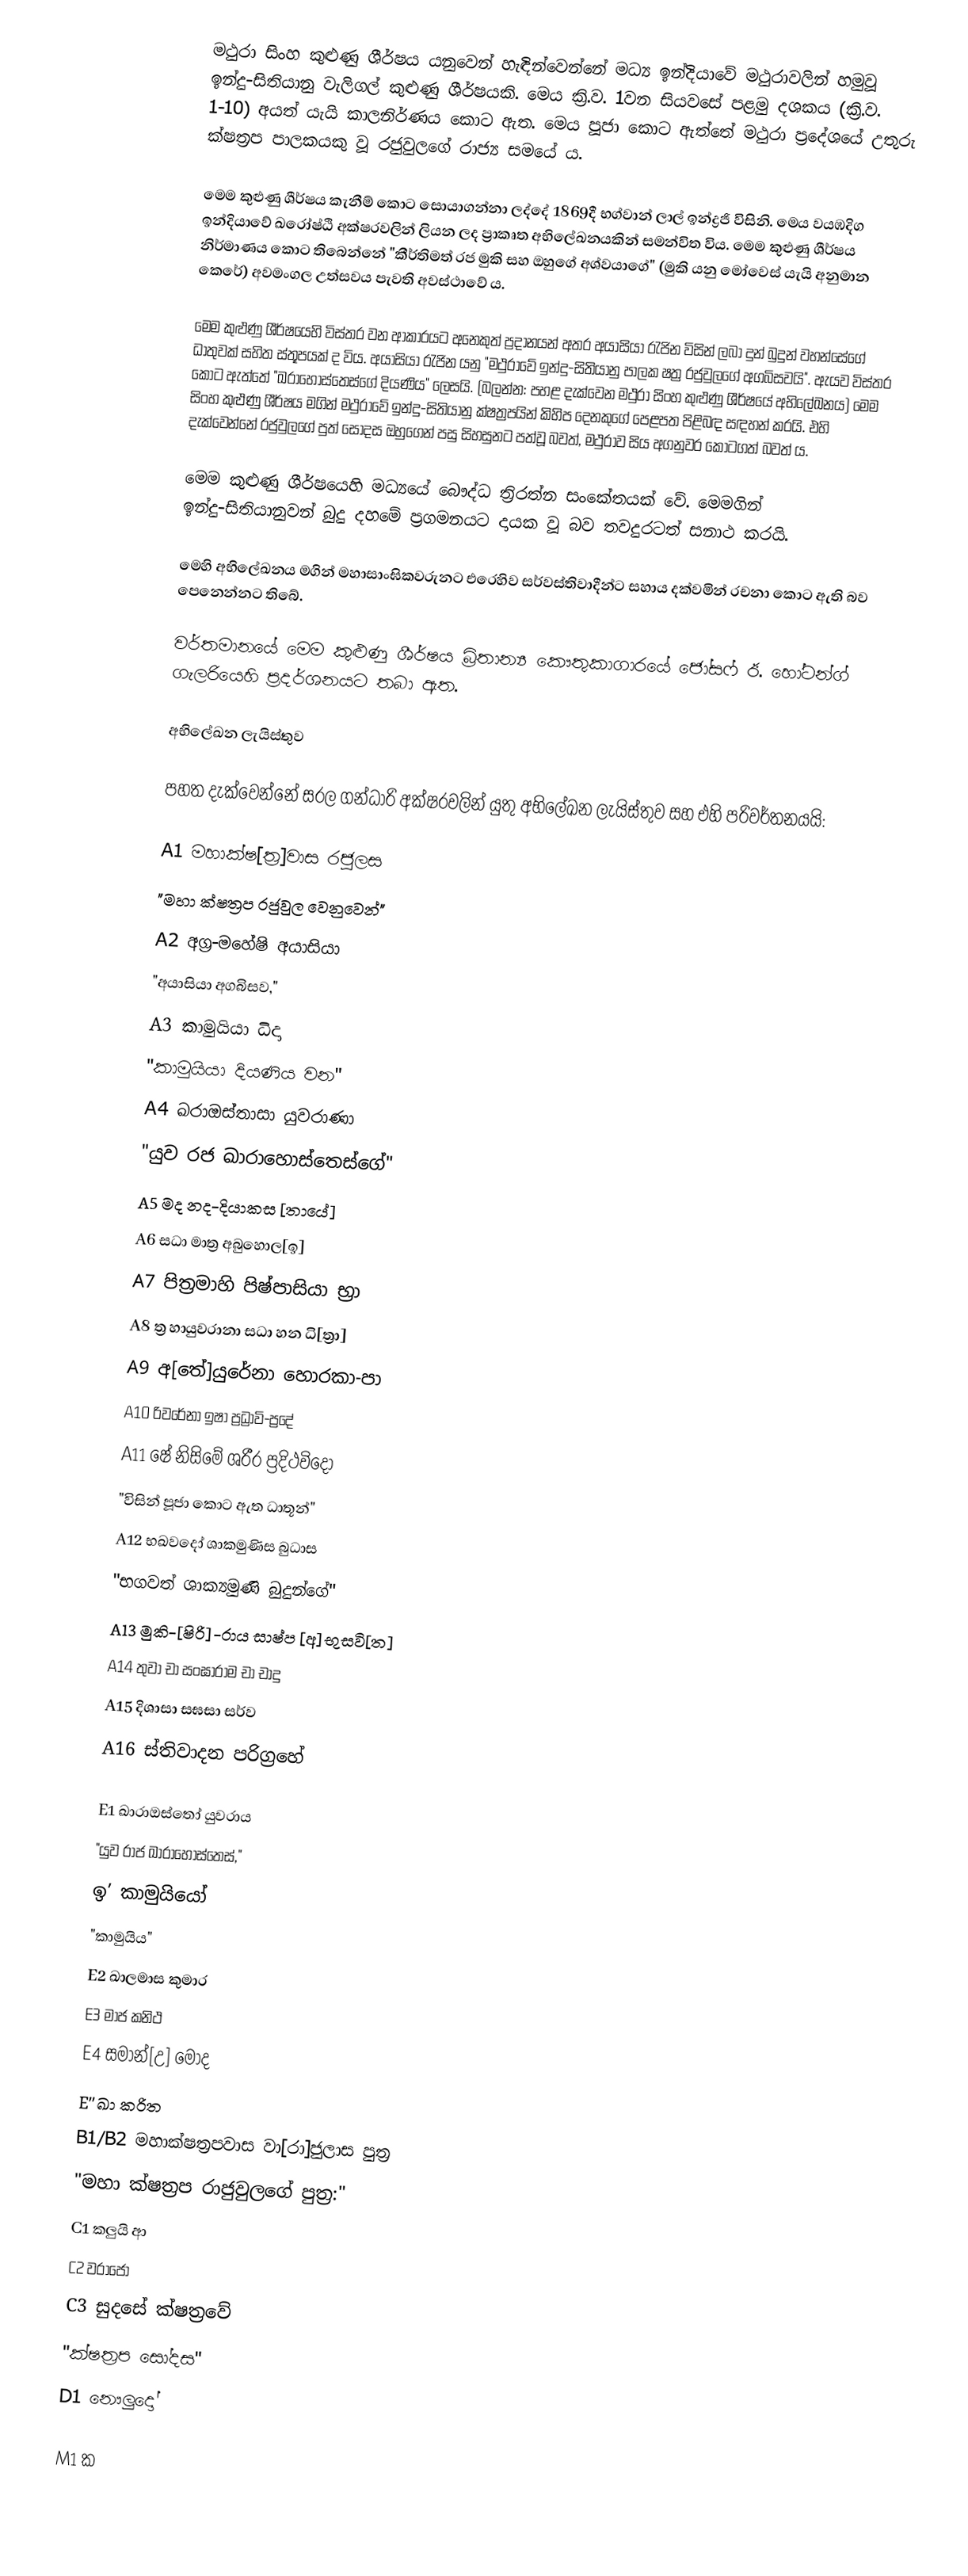
මථුරා සිංහ කුළුණු ශීර්ෂය යනුවෙන් හැඳින්වෙන්නේ මධ්‍ය ඉන්දියාවේ මථුරාවලින් හමුවූ ඉන්දු-සිතියානු වැලිගල් කුළුණු ශීර්ෂයකි. මෙය ක්‍රි.ව. 1වන සියවසේ පළමු දශකය (ක්‍රි.ව. 1-10) අයත් යැයි කාලනිර්ණය කොට ඇත. මෙය පූජා කොට ඇත්තේ මථුරා ප්‍රදේශයේ උතුරු ක්ෂත්‍රප පාලකයකු වූ රජුවුලගේ රාජ්‍ය සමයේ ය.

මෙම කුළුණු ශීර්ෂය කැනීම් කොට සොයාගන්නා ලද්දේ 1869දී භග්වාන් ලාල් ඉන්ද්‍රජි විසිනි. මෙය වයඹදිග ඉන්දියාවේ ඛරෝෂ්ඨි අක්ෂරවලින් ලියන ලද ප්‍රාකෘත අභිලේඛනයකින් සමන්විත විය. මෙම කුළුණු ශීර්ෂය නිර්මාණය කොට තිබෙන්නේ "කීර්තිමත් රජ මුකි සහ ඔහුගේ අශ්වයාගේ" (මුකි යනු මෝවෙස් යැයි අනුමාන කෙරේ) අවමංගල උත්සවය පැවති අවස්ථාවේ ය.

මෙම කුළුණු ශීර්ෂයෙහි විස්තර වන ආකාරයට අනෙකුත් ප්‍රදානයන් අතර අයාසියා රැජින විසින් ලබා දුන් බුදුන් වහන්සේගේ ධාතුවක් සහිත ස්තූපයක් ද විය. අයාසියා රැජින යනු  "මථුරාවේ ඉන්දු-සිතියානු පාලක ෂත්‍ර රජුවුලගේ අගබිසවයි". ඇයව විස්තර කොට ඇත්තේ "ඛරාහොස්තෙස්ගේ දියණිය" ලෙසයි. (බලන්න: පහළ දැක්වෙන මථුරා සිංහ කුළුණු ශීර්ෂයේ අභිලේඛනය) මෙම සිංහ කුළුණු ශීර්ෂය මගින් මථුරාවේ ඉන්දු-සිතියානු ක්ෂත්‍රපයින් කිහිප දෙනකුගේ පෙළපත පිළිබඳ සඳහන් කරයි. එහි දැක්වෙන්නේ රජුවුලගේ පුත් සෝදස ඔහුගෙන් පසු සිහසුනට පත්වූ බවත්, මථුරාව සිය අගනුවර කොටගත් බවත් ය.

මෙම කුළුණු ශීර්ෂයෙහි මධ්‍යයේ බෞද්ධ ත්‍රිරත්න සංකේතයක් වේ. මෙමගින් ඉන්දු-සිතියානුවන් බුදු දහමේ ප්‍රගමනයට දායක වූ බව තවදුරටත් සනාථ කරයි.

මෙහි අභිලේඛනය මගින් මහාසාංඝිකවරුනට එරෙහිව සර්වස්තිවාදීන්ට සහාය දක්වමින් රචනා කොට ඇති බව පෙනෙන්නට තිබේ.

වර්තමානයේ මෙම කුළුණු ශීර්ෂය බ්‍රිතාන්‍ය කෞතුකාගාරයේ ජෝසෆ් ඊ. හෝටන්ග් ගැලරියෙහි ප්‍රදර්ශනයට තබා ඇත.

අභිලේඛන ලැයිස්තුව

පහත දැක්වෙන්නේ සරල ගන්ධාරි අක්ෂරවලින් යුතු අභිලේඛන ලැයිස්තුව සහ එහි පරිවර්තනයයි:

A1 මහාක්ෂ[ත්‍ර]වාස රජුලස
"මහා ක්ෂත්‍රප රජුවුල වෙනුවෙන්"
A2 අග්‍ර-මහේෂි අයාසියා
"අයාසියා අගබිසව,"
A3 කාමුයියා ධිදා
"කාමුයියා දියණිය වන"
A4 ඛරාඔස්තාසා යුවරාණා
"යුව රජ ඛාරාහොස්තෙස්ගේ"
A5 මද නද-දියාකස [තායේ]
A6 සධා මාත්‍ර අබුහොල[ඉ]
A7 පිත්‍රමාහි පිෂ්පාසියා භ්‍රා
A8 ත්‍ර හායුවරානා සධා හන ධි[ත්‍රා]
A9 අ[තේ]යුරේනා හොරකා-පා
A10 රිවරේනා ඉෂා ප්‍රධ්‍රාවි-ප්‍රදේ
A11 ෂේ නිසිමේ ශරීර ප්‍රදිථවිදෝ
"විසින් පූජා කොට ඇත ධාතූන්"
A12 භඛවදෝ ශාකමුණිස බුධාස
"භගවත් ශාක්‍යමුණි බුදුන්ගේ"
A13 මුකි-[ෂිරි]-රාය සාෂ්ප [අ]භුසවි[ත]
A14 තුවා චා සංඝාරාම චා චාදු
A15 දිශාසා සඝසා සර්ව
A16 ස්තිවාදන පරිග්‍රහේ

E1 ඛාරාඔස්තෝ යුවරාය
"යුව රාජ ඛාරාහොස්තෙස්,"
ඉ’ කාමුයියෝ
"කාමුයිය"
E2 ඛාලමාස කුමාර
E3 මාජ කනිථ
E4 සමාන්[උ] මෝද
E’’ ඛා කරිත
B1/B2 මහාක්ෂත්‍රපවාස වා[රා]ජුලාස පුත්‍ර
"මහා ක්ෂත්‍රප රාජුවුලගේ පුත්‍ර:"
C1 කලුයි ආ
C2 වරාජෝ
C3 සුදසේ ක්ෂත්‍රවේ
"ක්ෂත්‍රප සෝදස"
D1 නෞලුදෝ

M1 ක